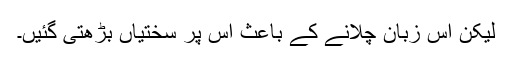
لیکن اس زبان چلانے کے باعث اس پر سختیاں بڑھتی گئیں۔